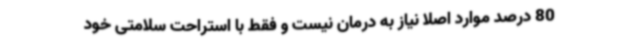
80 درصد موارد اصلا نیاز به درمان نیست و فقط با استراحت سلامتی خود